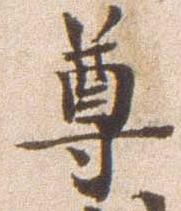
尊